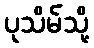
ပုသိမ်သို့